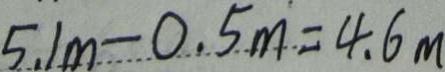
5 . 1 m - 0 . 5 m = 4 . 6 m